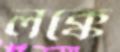
লক্কে